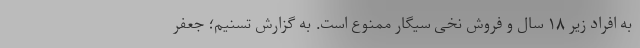
به افراد زیر ۱۸ سال و فروش نخی سیگار ممنوع است. به گزارش تسنیم؛ جعفر